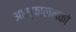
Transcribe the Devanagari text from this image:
आस्फालनको